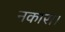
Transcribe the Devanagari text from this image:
नकारा।